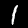
Label: 1